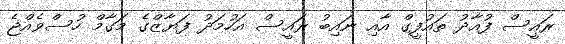
ރައީސް ފުއާދު ތައުފީގް އާއި ނައިބު ރައީސް އަހުމަދު ފަޔާޒްގެ މަގާމް ހުސްވެއްޖެ